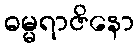
ဓမ္မရာဇိနော